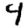
Digit: 4